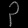
Digit: ၃